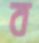
ব